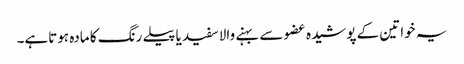
یہ خواتین کے پوشیدہ عضو سے بہنے والاسفید یاپیلے رنگ کا مادہ ہوتاہے۔